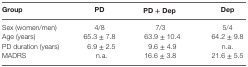
<table><thead><tr><td><b>Group</b></td><td><b>PD</b></td><td><b>PD + Dep</b></td><td><b>Dep</b></td></tr></thead><tbody><tr><td>Sex (women/men)</td><td>4/8</td><td>7/3</td><td>5/4</td></tr><tr><td>Age (years)</td><td>65.3 ± 7.8</td><td>63.9 ± 10.4</td><td>64.2 ± 9.8</td></tr><tr><td>PD duration (years)</td><td>6.9 ± 2.5</td><td>9.6 ± 4.9</td><td>n.a.</td></tr><tr><td>MADRS</td><td>n.a.</td><td>16.6 ± 3.8</td><td>21.6 ± 5.5</td></tr></tbody></table>